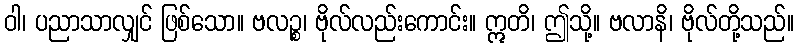
ဝါ၊ ပညာသာလျှင် ဖြစ်သော။ ဗလဉ္စ၊ ဗိုလ်လည်းကောင်း။ ဣတိ၊ ဤသို့။ ဗလာနိ၊ ဗိုလ်တို့သည်။